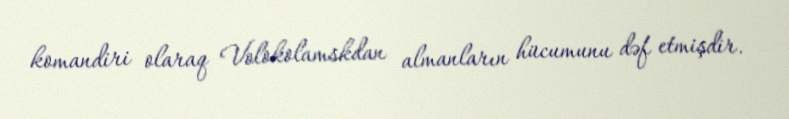
komandiri olaraq Volokolamskdan almanların hücumunu dəf etmişdir.